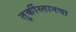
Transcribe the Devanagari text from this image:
तुर्कीस्तानचा